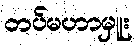
တပ်မဟာမှူး